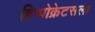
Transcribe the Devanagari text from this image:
हिप्पोक्रेटसला